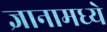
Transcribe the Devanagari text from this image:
ज्ञानामध्ये